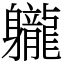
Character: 䡁